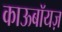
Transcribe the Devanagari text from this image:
काऊबॉयज़